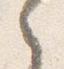
之